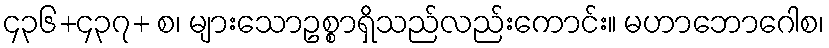
၄၃၆+၄၃၇+ စ၊ များသောဥစ္စာရှိသည်လည်းကောင်း။ မဟာဘောဂေါစ၊